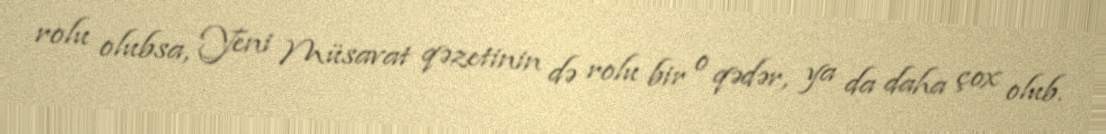
rolu olubsa, Yeni Müsavat qəzetinin də rolu bir o qədər, ya da daha çox olub.